Annual administration report of the Civil Veterinary Department of India - 1896-1897
Year: 1896
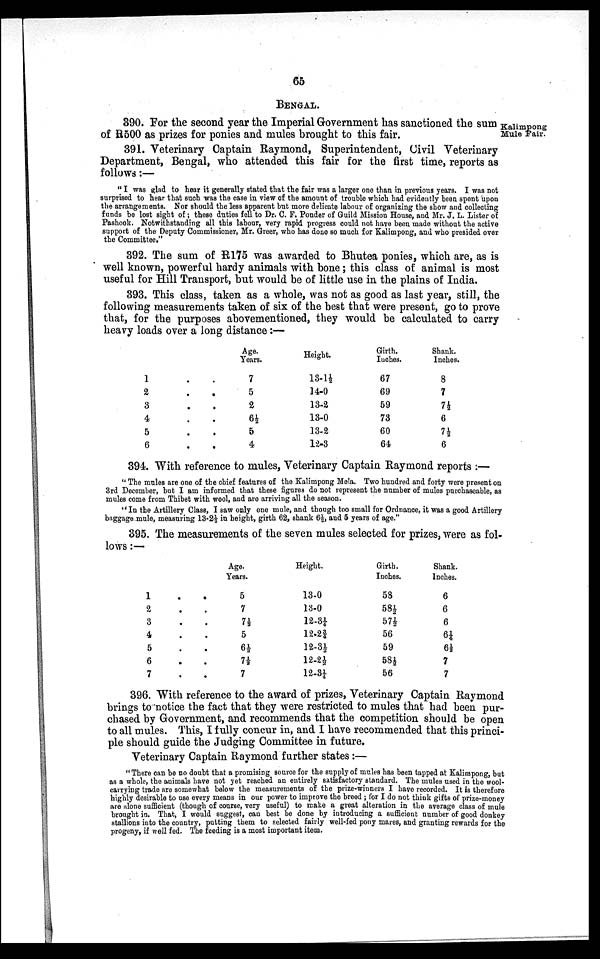
65
BENGAL.
Kalimpong
Mule Fair.
390. For the second year the Imperial Government has sanctioned the sum
of R500 as prizes for ponies and mules brought to this fair.
391. Veterinary Captain Raymond, Superintendent, Civil Veterinary
Department, Bengal, who attended this fair for the first time, reports as
follows:—
"I was glad to hear it generally stated that the fair was a larger one than in previous years. I was not
surprised to hear that such was the case in view of the amount of trouble which had evidently been spent upon
the arrangements. Nor should the less apparent but more delicate labour of organizing the show and collecting
funds be lost sight of; these duties fell to Dr. C. F. Ponder of Guild Mission House, and Mr. J. L. Lister of
Pashook. Notwithstanding all this labour, very rapid progress could not have been made without the active
support of the Deputy Commissioner, Mr. Greer, who has done so much for Kalimpong, and who presided over
the Committee."
392. The sum of R175 was awarded to Bhutea ponies, which are, as is
well known, powerful hardy animals with bone; this class of animal is most
useful for Hill Transport, but would be of little use in the plains of India.
393. This class, taken as a whole, was not as good as last year, still, the
following measurements taken of six of the best that were present, go to prove
that, for the purposes abovementioned, they would be calculated to carry
heavy loads over a long distance:—
1 .
2 .
3 .
4 .
5 .
6 .
Age.
Years.
. 7
. 5
. 2
. 6½
. 5
. 4
Height.
13-1½
14-0
13-2
13-0
13-2
12-3
Girth.
Inches.
67
69
59
73
60
64
Shank.
Inches.
8
7
7½
6
7½
6
394. With reference to mules, Veterinary Captain Raymond reports:—
"The mules are one of the chief features of the Kalimpong Mela. Two hundred and forty were present on
3rd December, but I am informed that these figures do not represent the number of mules purchaseable, as
mules come from Thibet with wool, and are arriving all the season.
"In the Artillery Class, I saw only one mule, and though too small for Ordnance, it was a good Artillery
baggage mule, measuring 13-2½ in height, girth 62, shank 6½, and 5 years of age."
395. The measurements of the seven mules selected for prizes, were as fol-
lows:—
1 .
2 .
3 .
4 .
5 .
6 .
7 .
Age.
Years.
. 5
. 7
. 7½
. 5
. 6½
. 7½
. 7
Height.
13-0
13-0
12-3¼
12.2¾|
12-3½
12-2½
12-3¼
Girth.
Inches.
58
58½
57½
56
59
58½
56
Shank.
Inches.
6
6
6
6¼
6½
7
7
396. With reference to the award of prizes, Veterinary Captain Raymond
brings to notice the fact that they were restricted to mules that had been pur-
chased by Government, and recommends that the competition should be open
to all mules. This, I fully concur in, and I have recommended that this princi-
ple should guide the Judging Committee in future.
Veterinary Captain Raymond further states:—
"There can be no doubt that a promising source for the supply of mules has been tapped at Kalimpong, but
as a whole, the animals have not yet reached an entirely satisfactory standard. The mules used in the wool-
carrying trade are somewhat below the measurements of the prize-winners I have recorded. It is therefore
highly desirable to use every means in our power to improve the breed ; for I do not think gifts of prize-money
are alone sufficient (though of course, very useful) to make a great alteration in the average class of mule
brought in. That, I would suggest, can best be done by introducing a sufficient number of good donkey
stallions into the country, putting them to selected fairly well-fed pony mares, and granting rewards for the
progeny, if well fed. The feeding is a most important item.